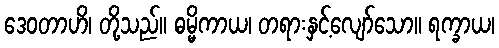
ဒေဝတာဟိ၊ တို့သည်။ ဓမ္မိကာယ၊ တရားနှင့်လျော်သော။ ရက္ခာယ၊